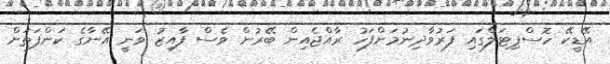
އޭޑީކޭ ހޮސްޕިޓަލްގައި ފަރުވާދިނުމަށްފަހު ރާއްޖެއިން ބޭރުން ވެސް ފާއިޒު ވަނީ އޭނާގެ ކަންފަތަށް